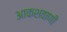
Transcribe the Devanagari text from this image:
आकशवाणी